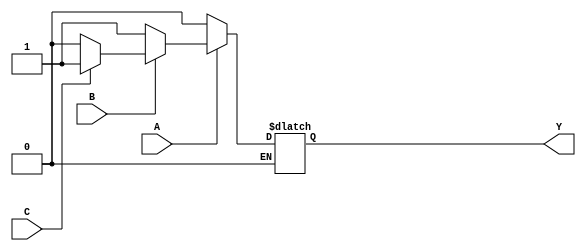
////////////////////////////////////////////////////////////////////////////////
//Jose Luis Alvarez Pineda
//19392
//Ingenieria mecatronica
//electronica digital
////////////////////////////////////////////////////////////////////////////////
module AlamB(
  output reg Y, //registro porque tiene que guardar su estado
  input wire A,B,C);

    always @ (A,B,C) begin

        if (A == 1) begin //begin y end para poder anidar

          if (B == 0) Y = 1; //condiciones simples pueden no llevar el begin y end

          else if (C == 1) Y = 1;

          else Y = 0;

        end

        else if (A == 0) Y = 0;
    end

endmodule